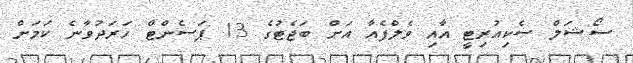
ސޯޝަލް ސެކިއުރިޓީ އާއި ވެލްފެއާ އަށް ބަޖެޓުގެ 13 ޕަސެންޓް ހަރަދުވާނެ ކަމަށް